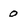
Character: 0